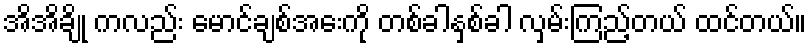
အိအိချို ကလည်း မောင်ချစ်အေးကို တစ်ခါနှစ်ခါ လှမ်းကြည့်တယ် ထင်တယ်။